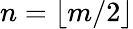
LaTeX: n=\lfloor m/2\rfloor